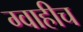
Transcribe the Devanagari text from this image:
ग्वाहीच